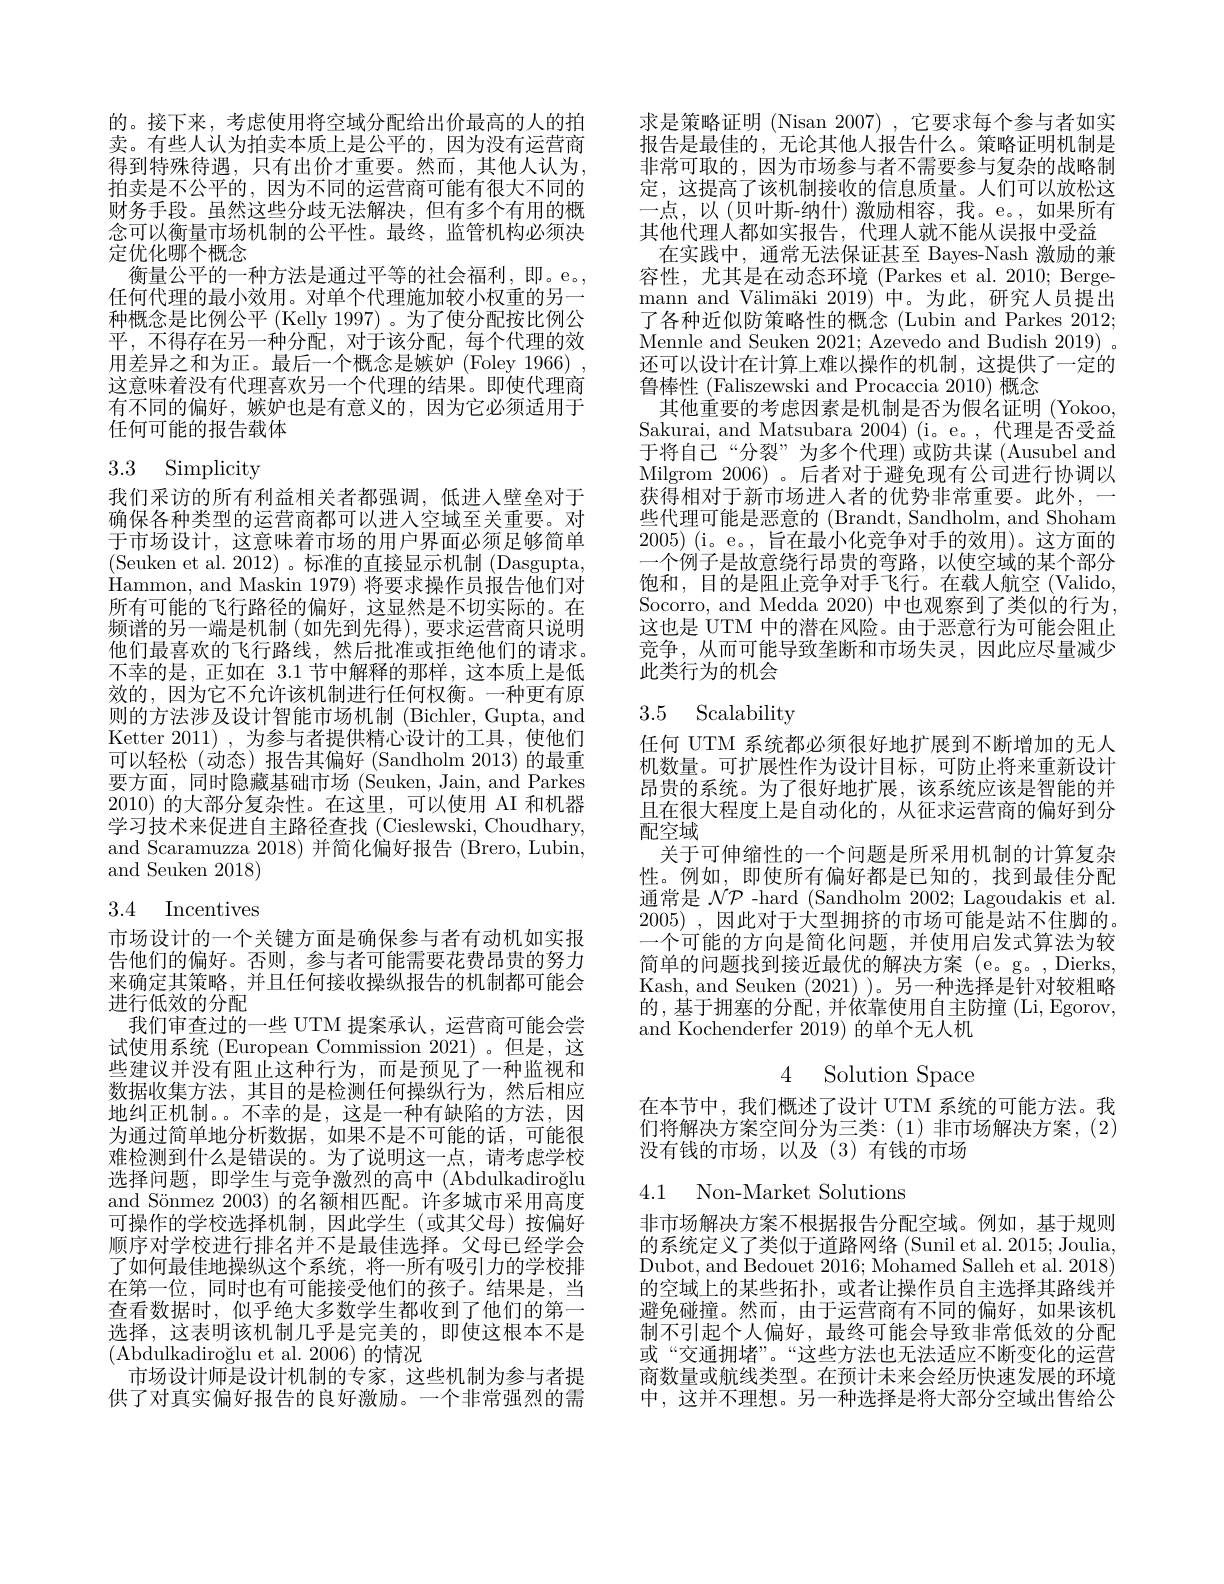
的。接下来，考虑使用将空域分配给出价最高的人的拍卖。有些人认为拍卖本质上是公平的，因为没有运营商得到特殊待遇，只有出价才重要。然而，其他人认为， 拍卖是不公平的，因为不同的运营商可能有很大不同的财务手段。虽然这些分歧无法解决，但有多个有用的概念可以衡量市场机制的公平性。最终，监管机构必须决定优化哪个概念
衡量公平的一种方法是通过平等的社会福利，即。e。, 任何代理的最小效用。对单个代理施加较小权重的另一种概念是比例公平 (Kelly 1997) 。为了使分配按比例公平，不得存在另一种分配，对于该分配，每个代理的效用差异之和为正。最后一个概念是嫉妒(Foley 1966) , 这意味着没有代理喜欢另一个代理的结果。即使代理商有不同的偏好，嫉妒也是有意义的，因为它必须适用于任何可能的报告载体

# 3.3 Simplicity

我们采访的所有利益相关者都强调，低进入壁垒对于确保各种类型的运营商都可以进入空域至关重要。对于市场设计，这意味着市场的用户界面必须足够简单(Seuken et al. 2012)。标准的直接显示机制 (Dasgupta, Hammon, and Maskin 1979) 将要求操作员报告他们对所有可能的飞行路径的偏好，这显然是不切实际的。在频谱的另一端是机制(如先到先得),要求运营商只说明他们最喜欢的飞行路线，然后批准或拒绝他们的请求。不幸的是，正如在 3.1 节中解释的那样，这本质上是低效的，因为它不允许该机制进行任何权衡。一种更有原则的方法涉及设计智能市场机制 (Bichler, Gupta, and Ketter 2011),为参与者提供精心设计的工具，使他们可以轻松(动态)报告其偏好(Sandholm 2013)的最重要方面，同时隐藏基础市场 (Seuken, Jain, and Parkes 2010)的大部分复杂性。在这里，可以使用 AI 和机器学习技术来促进自主路径查找 (Cieslewski, Choudhary, and Scaramuzza 2018)并简化偏好报告 (Brero, Lubin, and Seuken 2018)

# 3.4 Incentives

市场设计的一个关键方面是确保参与者有动机如实报告他们的偏好。否则，参与者可能需要花费昂贵的努力来确定其策略，并且任何接收操纵报告的机制都可能会进行低效的分配
我们审查过的一些 UTM 提案承认，运营商可能会尝试使用系统 (European Commission 2021)。但是，这些建议并没有阻止这种行为，而是预见了一种监视和数据收集方法，其目的是检测任何操纵行为，然后相应地纠正机制。。不幸的是，这是一种有缺陷的方法，因为通过简单地分析数据，如果不是不可能的话，可能很难检测到什么是错误的。为了说明这一点，请考虑学校选择问题，即学生与竞争激烈的高中(Abdulkadiroğlu and Sönmez 2003) 的名额相匹配。许多城市采用高度可操作的学校选择机制，因此学生(或其父母)按偏好顺序对学校进行排名并不是最佳选择。父母已经学会了如何最佳地操纵这个系统，将一所有吸引力的学校排在第一位，同时也有可能接受他们的孩子。结果是，当查看数据时，似乎绝大多数学生都收到了他们的第一选择，这表明该机制几乎是完美的，即使这根本不是(Abdulkadiroğlu et al. 2006) 的情况
市场设计师是设计机制的专家，这些机制为参与者提供了对真实偏好报告的良好激励。一个非常强烈的需

求是策略证明 (Nisan 2007) ,它要求每个参与者如实报告是最佳的，无论其他人报告什么。策略证明机制是非常可取的，因为市场参与者不需要参与复杂的战略制定，这提高了该机制接收的信息质量。人们可以放松这一点，以 (贝叶斯-纳什) 激励相容，我。e。,如果所有其他代理人都如实报告，代理人就不能从误报中受益
在实践中，通常无法保证甚至 Bayes-Nash 激励的兼容性，尤其是在动态环境 (Parkes et al.2010; Bergemann and Välimäki 2019)中。为此，研究人员提出了各种近似防策略性的概念(Lubin and Parkes 2012; Mennle and Seuken 2021; Azevedo and Budish $2019)~.$ 还可以设计在计算上难以操作的机制，这提供了一定的鲁棒性 (Faliszewski and Procaccia 2010) 概念
其他重要的考虑因素是机制是否为假名证明 (Yokoo, Sakurai, and Matsubara 2004) (i。e。,代理是否受益于将自己“分裂”为多个代理)或防共谋(Ausubel and Milgrom 2006)。后者对于避免现有公司进行协调以获得相对于新市场进人者的优势非常重要。此外，一些代理可能是恶意的 (Brandt, Sandholm, and Shoham 2005)(i。e。,旨在最小化竞争对手的效用)。这方面的一个例子是故意绕行昂贵的弯路，以使空域的某个部分饱和，目的是阻止竞争对手飞行。在载人航空(Valido, Socorro, and Medda 2020) 中也观察到了类似的行为， 这也是 UTM 中的潜在风险。由于恶意行为可能会阻止竞争，从而可能导致垄断和市场失灵，因此应尽量减少此类行为的机会

# 3.5 Scalability

任何 UTM 系统都必须很好地扩展到不断增加的无人机数量。可扩展性作为设计目标，可防止将来重新设计昂贵的系统。为了很好地扩展，该系统应该是智能的并且在很大程度上是自动化的，从征求运营商的偏好到分配空域
关于可伸缩性的一个问题是所采用机制的计算复杂性。例如，即使所有偏好都是已知的，找到最佳分配通常是$\mathcal{N}\mathcal{P}$ -hard (Sandholm 2002; Lagoudakis et al. 2005) ,因此对于大型拥挤的市场可能是站不住脚的。一个可能的方向是简化问题，并使用启发式算法为较简单的问题找到接近最优的解决方案 (e。g。,Dierks, Kash, and Seuken (2021) )。另一种选择是针对较粗略的，基于拥塞的分配，并依靠使用自主防撞 (Li,Egorov, and Kochenderfer 2019) 的单个无人机

# 4 Solution Space

在本节中，我们概述了设计 UTM 系统的可能方法。我们将解决方案空间分为三类：(1)非市场解决方案，(2) 没有钱的市场，以及(3)有钱的市场

# 4.1 Non-Market Solutions

非市场解决方案不根据报告分配空域。例如，基于规则的系统定义了类似于道路网络(Sunil et al. 2015; Joulia, Dubot, and Bedouet 2016;Mohamed Salleh et al. 2018) 的空域上的某些拓扑，或者让操作员自主选择其路线并避免碰撞。然而，由于运营商有不同的偏好，如果该机制不引起个人偏好，最终可能会导致非常低效的分配或“交通拥堵”。“这些方法也无法适应不断变化的运营商数量或航线类型。在预计未来会经历快速发展的环境中，这并不理想。另一种选择是将大部分空域出售给公